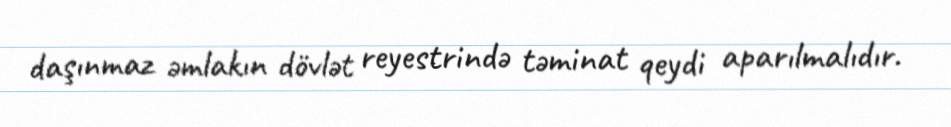
daşınmaz əmlakın dövlət reyestrində təminat qeydi aparılmalıdır.